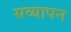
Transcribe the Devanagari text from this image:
सव्यापन